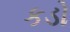
કડો